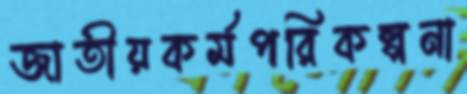
জাতীয়কর্মপরিকল্পনা